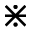
\divideontimes